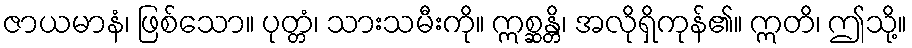
ဇာယမာနံ၊ ဖြစ်သော။ ပုတ္တံ၊ သားသမီးကို။ ဣစ္ဆန္တိ၊ အလိုရှိကုန်၏။ ဣတိ၊ ဤသို့။